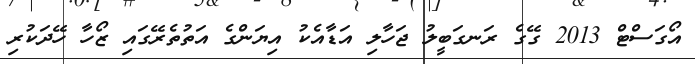
އޯގަސްޓް 2013 ގޭގެ ރަނގަބީލު ޖަހާލި އަޑާއެކު އިޔަންގެ އަތުތެރޭގައި ޒޯހާ ހޭދަކުރި